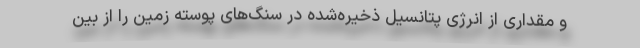
و مقداری از انرژی پتانسیل ذخیره‌شده در سنگ‌های پوسته زمین را از بین